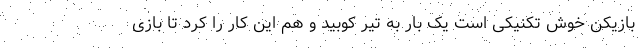
بازیکن خوش تکنیکی است یک بار به تیر کوبید و هم این کار را کرد تا بازی